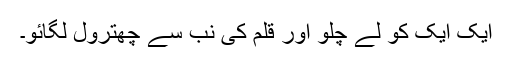
ایک ایک کو لے چلو اور قلم کی نب سے چھترول لگائو۔